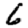
Digit: 6